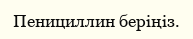
Пенициллин беріңіз.